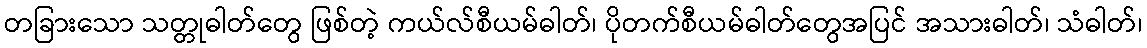
တခြားသော သတ္တုဓါတ်တွေ ဖြစ်တဲ့ ကယ်လ်စီယမ်ဓါတ်၊ ပိုတက်စီယမ်ဓါတ်တွေအပြင် အသားဓါတ်၊ သံဓါတ်၊